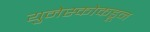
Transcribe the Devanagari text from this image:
युनेस्कोकडून